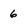
Character: 6